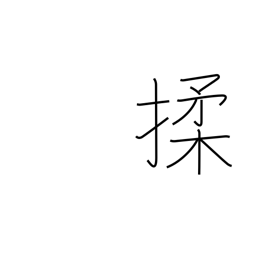
Meaning: massage